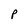
Character: p